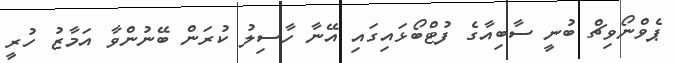
ޕެވްނޯވިޗް ބުނީ ސާބިއާގެ ފުޓްބޯޅައިގައި އޭނާ ހާސިލު ކުރަން ބޭނުންވާ އަމާޒު ހުރީ